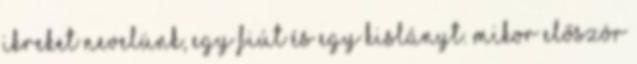
Ikreket nevelünk, egy fiút és egy kislányt. Mikor először